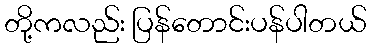
တို့ကလည်း ပြန်တောင်းပန်ပါတယ်